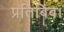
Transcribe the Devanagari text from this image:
प्रतिबिंब।